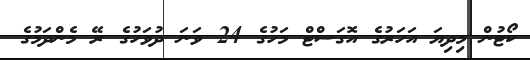
ކޯޓުން މިދިޔަ އަހަރުގެ އޮގަސްޓް މަހުގެ 24 ވަނަ ދުވަހުގެ ރޭ މެންދަމުގެ